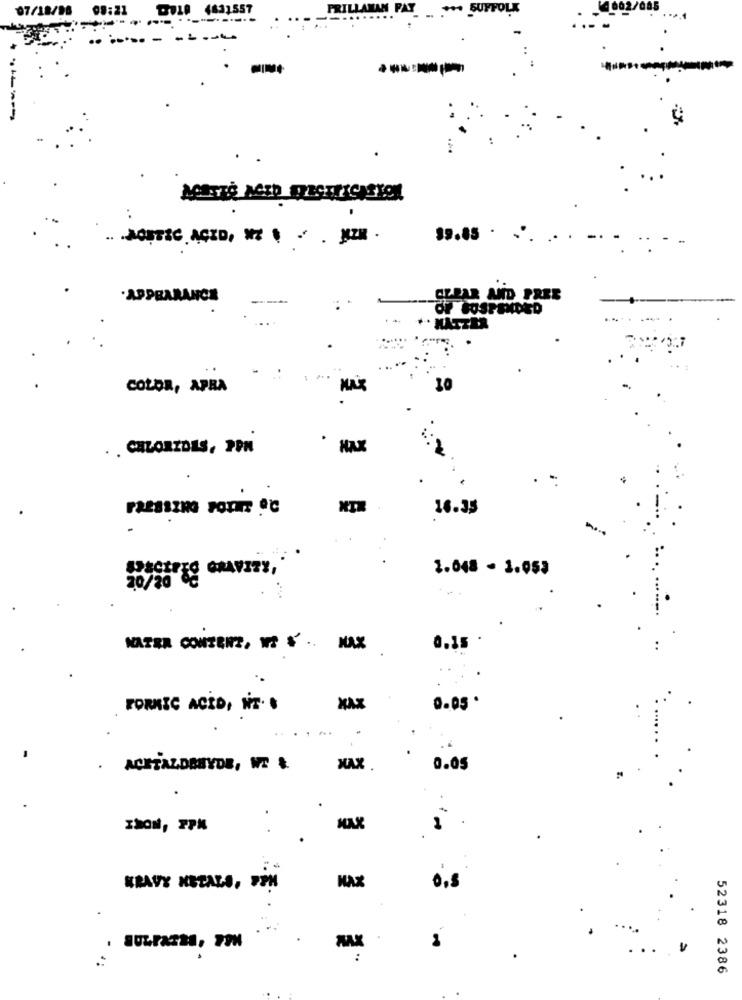
07/18/
08:21
DU19 4631557
SUFFOLK
-------
.. . MOSTIC ACID, HE . . . MIN .
39.85 .
.APPEARANCE
CLEAR AND FREE
OF SUSPENDED
+. MATTER
.:
COLOR, APRA
MAX
10
I'M .
. . CHLORIDES, PPM
16.35
20/20 19 GRAVITY,
1.048 - 1.053
NATRA CONTERZ, IS I' .. NAX
0.15
.
FORMIC ACID, NT. .
XXX
0.05 .
.
ACHTALDEHYDE, WE &
MAX
0.05
.
MAX
KRAVY HETALA, PPM
HAX
0,8
. SULFasza, 79M
MAX
..
52318 2386